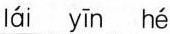
lái yīn hé